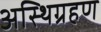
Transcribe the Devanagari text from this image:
अस्थिग्रहण